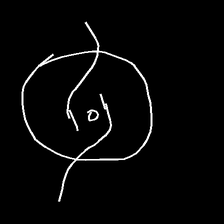
Glyph: repetition